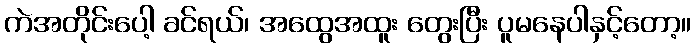
ကဲအတိုင်းပေါ့ ခင်ရယ်၊ အထွေအထူး တွေးပြီး ပူမနေပါနှင့်တော့။